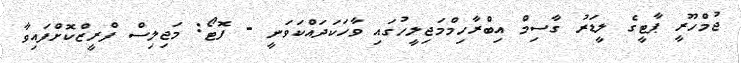
ޖުމްހޫރީ ޕާޓީގެ ލީޑަރު ގާސިމް އިބްރާހިމްމަޖިލީހުގައި ވާހަކަދައްކަވަނީ - ފޮޓޯ: މަޖިލިސް ފްރީޒްކޮށްފައިވާ